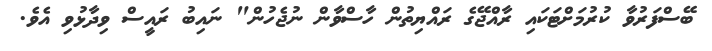
ބޭސްފަރުވާ ކުރުމަށްޓަކައި ރާއްޖޭގެ ރައްޔިތުން ހާސްވާން ނުޖެހުން" ނައިބު ރައީސް ވިދާޅުވި އެވެ.